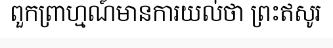
ពួកព្រាហ្មណ៍មានការយល់ថា ព្រះឥសូរ